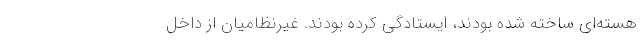
هسته‌ای ساخته شده بودند، ایستادگی کرده بودند. غیرنظامیان از داخل